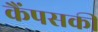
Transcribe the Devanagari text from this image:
कैंपसकी